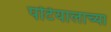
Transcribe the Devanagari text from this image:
पटियालाच्या